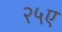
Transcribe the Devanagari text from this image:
२५ए